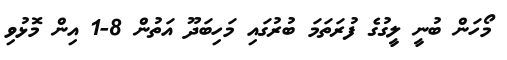
މޯހަން ބުނީ ލީގުގެ ފުރަތަމަ ބުރުގައި މަހިބަދޫ އަތުން 8-1 އިން މޮޅުވި